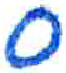
אות: ס